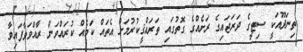
ތިނަދޫއަކީ ސިޓީގެ ދަރަޖައިގެ ރަށެއްގެ ގޮތުގައި ތަރައްޤީކުރުމަށް އެތައް ކަމެއް ކުރައްވަން ރާއްވަވާފައިވާ